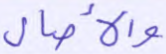
والآصال